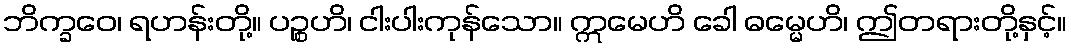
ဘိက္ခဝေ၊ ရဟန်းတို့။ ပဉ္စဟိ၊ ငါးပါးကုန်သော။ ဣမေဟိ ခေါ ဓမ္မေဟိ၊ ဤတရားတို့နှင့်။